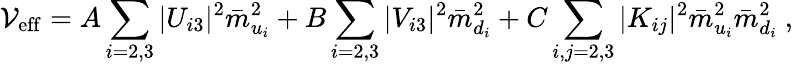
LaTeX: {\cal V}_{\mathrm{eff}}=A\sum_{i=2,3}|U_{i3}|^{2}\bar{m}_{u_{i}}^{2}+B\sum_{i=2,3}|V_{i3}|^{2}\bar{m}_{d_{i}}^{2}+C\sum_{i,j=2,3}|K_{ij}|^{2}\bar{m}_{u_{i}}^{2}\bar{m}_{d_{i}}^{2}\ ,